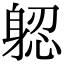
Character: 躵